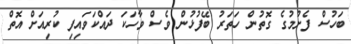
ބަހުސް ފެށުމުގެ ގޮތުން ހަތަރު ބޭފުޅުން ވެސް ވާހަކަ ދައްކަވައިފި ކުރިއަށް އޮތް